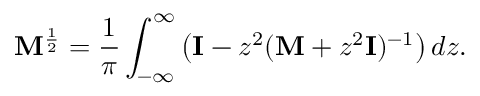
\mathbf { M } ^ { \frac { 1 } { 2 } } = \frac { 1 } { \pi } \int _ { - \infty } ^ { \infty } \left( \mathbf { I } - z ^ { 2 } ( \mathbf { M } + z ^ { 2 } \mathbf { I } ) ^ { - 1 } \right) d z .